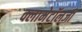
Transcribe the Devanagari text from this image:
क्लामेटॉलजी